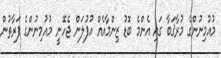
މުއުމިނުންގެ މުރާޤަބާ ގައި އެންމެ ބޮޑު ޒިންމާއެއް އުފުލަން ޖެހޭނީ މުއުމިނުންގެ ފަރާތުން